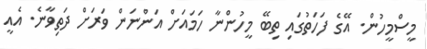
މީސްމީހުން. އޭގެ ފަހަތުގައި ތިބޭ މީހުންނާ ހަމައަށް އަންނަން ވަރަށް ދަތިވާނެ. އެއީ